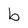
Character: b